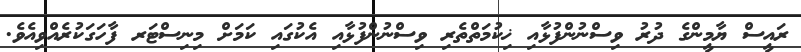
ރައީސް ޔާމީންގެ ދުރު ވިސްނުންފުޅާއި ޚިކުމަތްތެރި ވިސްނުންފުޅާއި އެކުގައި ކަމަށް މިނިސްޓަރ ފާހަގަކުރެއްވިއެވެ.